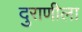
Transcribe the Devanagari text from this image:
दुराणीला